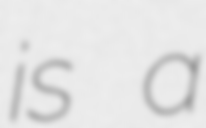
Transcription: is a